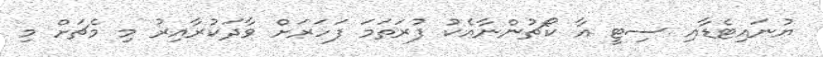
ޔުނައިޓެޑާއި ސިޓީ އާ ކޯޗުންނާއެކު ފުރަތަމަ ފަހަރަށް ވާދަކުރާއިރު މި މެޗަށް މި